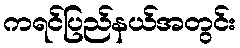
ကရင်ပြည်နယ်အတွင်း